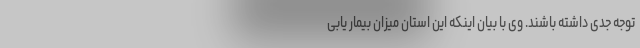
توجه جدی داشته باشند. وی با بیان اینکه این استان میزان بیمار یابی